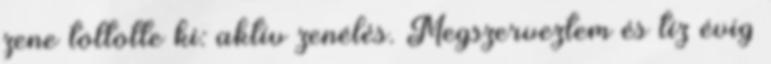
zene töltötte ki: aktív zenélés. Megszerveztem és tíz évig